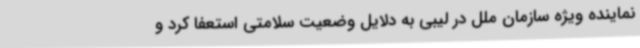
نماینده ویژه سازمان ملل در لیبی به دلایل وضعیت سلامتی استعفا کرد و